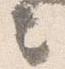
言